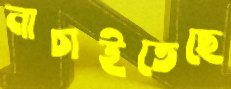
নাচাইতেছে